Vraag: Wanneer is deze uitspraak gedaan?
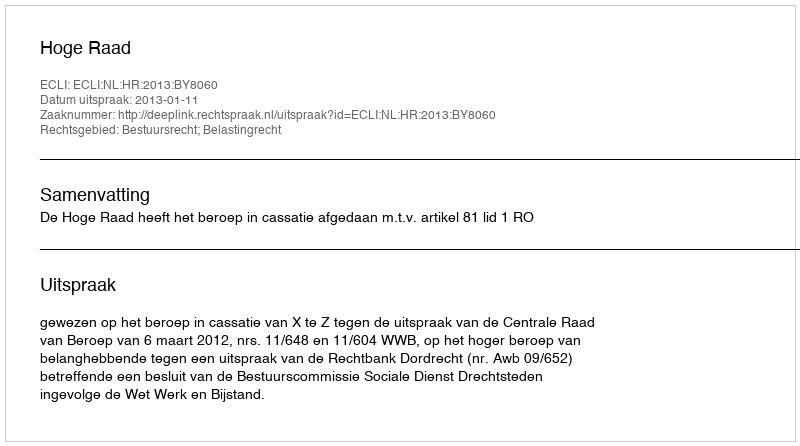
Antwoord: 2013-01-11